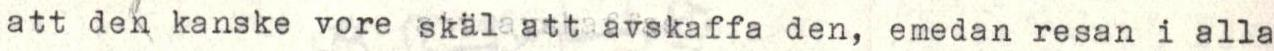
att den kanske vore skäl att avskaffa den, emedan resan i alla